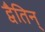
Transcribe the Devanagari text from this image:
द्वैतिन्